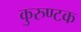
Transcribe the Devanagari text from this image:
कुरुण्टक